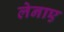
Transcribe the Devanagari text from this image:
लेनाए